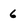
Character: 6